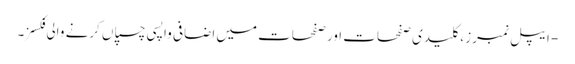
- ایپل نمبرز ، کلیدی صفحات اور صفحات میں اضافی واپسی چسپاں کرنے والی فکسز۔